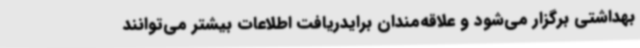
بهداشتی برگزار می‌شود و علاقه‌مندان برایدریافت اطلاعات بیشتر می‌توانند